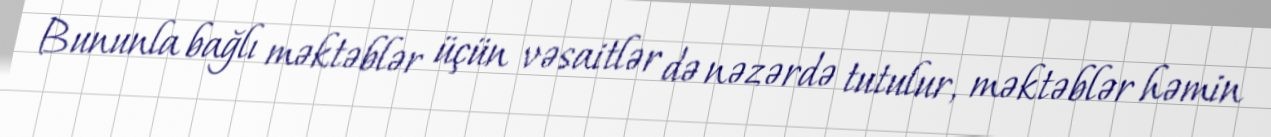
Bununla bağlı məktəblər üçün vəsaitlər də nəzərdə tutulur, məktəblər həmin